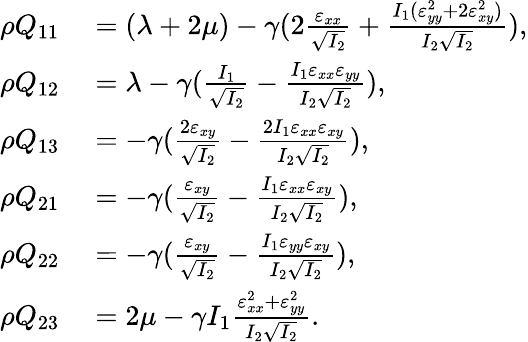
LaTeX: \begin{array}{rl}{\rho Q_{11}}&{{}=(\lambda+2\mu)-\gamma(2\frac{\varepsilon_{xx}}{\sqrt{I_{2}}}+\frac{I_{1}(\varepsilon_{yy}^{2}+2\varepsilon_{xy}^{2})}{I_{2}\sqrt{I_{2}}}),}\\ {\rho Q_{12}}&{{}=\lambda-\gamma(\frac{I_{1}}{\sqrt{I_{2}}}-\frac{I_{1}\varepsilon_{xx}\varepsilon_{yy}}{I_{2}\sqrt{I_{2}}}),}\\ {\rho Q_{13}}&{{}=-\gamma(\frac{2\varepsilon_{xy}}{\sqrt{I_{2}}}-\frac{2I_{1}\varepsilon_{xx}\varepsilon_{xy}}{I_{2}\sqrt{I_{2}}}),}\\ {\rho Q_{21}}&{{}=-\gamma(\frac{\varepsilon_{xy}}{\sqrt{I_{2}}}-\frac{I_{1}\varepsilon_{xx}\varepsilon_{xy}}{I_{2}\sqrt{I_{2}}}),}\\ {\rho Q_{22}}&{{}=-\gamma(\frac{\varepsilon_{xy}}{\sqrt{I_{2}}}-\frac{I_{1}\varepsilon_{yy}\varepsilon_{xy}}{I_{2}\sqrt{I_{2}}}),}\\ {\rho Q_{23}}&{{}=2\mu-\gamma I_{1}\frac{\varepsilon_{xx}^{2}+\varepsilon_{yy}^{2}}{I_{2}\sqrt{I_{2}}}.}\end{array}